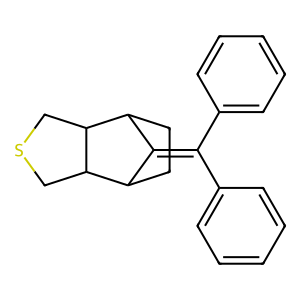
SMILES: c1ccc(C(=C2C3CCC2C2CSCC32)c2ccccc2)cc1
Inhibits HIV replication: No